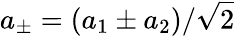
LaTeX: a_{\pm}=(a_{1}\pm a_{2})/{\sqrt{2}}